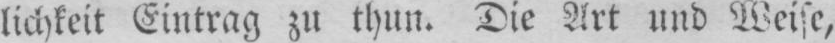
lichkeit Eintrag zu thun. Die Art und Weise,